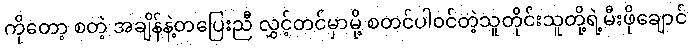
ကိုတော့ စတဲ့ အချိန်နဲ့တပြေးညီ လွှင့်တင်မှာမို့ စတင်ပါ၀င်တဲ့သူတိုင်းသူတို့ရဲ့မီးဖိုချောင်